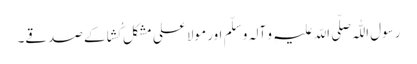
رسول اللّٰہ صلّی اللّہ علیہِ و آلہ و سلّم اور مولا علی مشکل کُشا کے صدقے۔